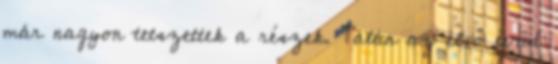
már nagyon tetszettek a részek. Talán az első évad